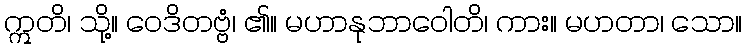
ဣတိ၊ သို့။ ဝေဒိတဗ္ဗံ၊ ၏။ မဟာနုဘာဝေါတိ၊ ကား။ မဟတာ၊ သော။